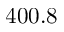
4 0 0 . 8